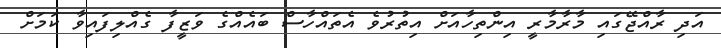
އަދި ރާއްޖޭގައި މާރާމާރީ އިންތިހާއަށް އިތުރުވެ އެތައްހާސް ބައެއްގެ ވަޒީފާ ގެއްލިފައިވާ ކަމަށް